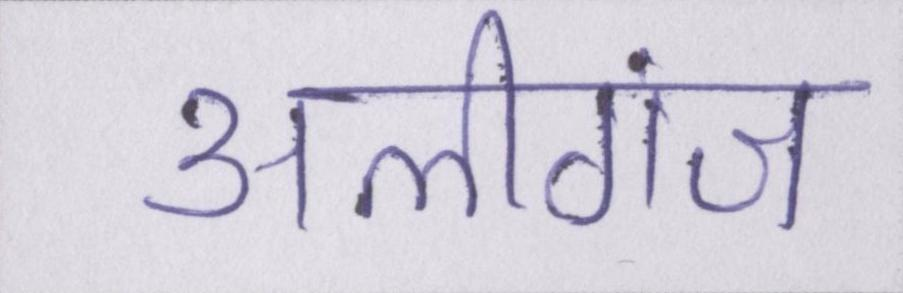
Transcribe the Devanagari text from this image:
अलीगंज